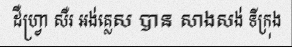
ដឺហ្វ្រា សឺរ អង់គ្លេស បាន សាងសង់ ទីក្រុង